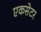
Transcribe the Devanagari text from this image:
एकसेटर